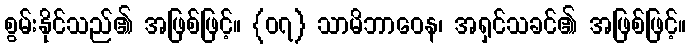
စွမ်းနိုင်သည်၏ အဖြစ်ဖြင့်။ {၀၇} သာမိဘာဝေန၊ အရှင်သခင်၏ အဖြစ်ဖြင့်။